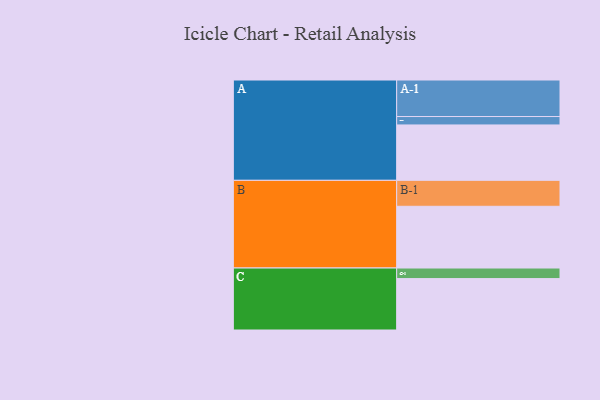
{"axis": {"x": "Segment", "y": "Value"}, "legend": ["", "A", "B", "C"], "data": [{"x": "A", "y": 429, "type": ""}, {"x": "B", "y": 478, "type": ""}, {"x": "C", "y": 398, "type": ""}, {"x": "A-1", "y": 283, "type": "A"}, {"x": "A-2", "y": 65, "type": "A"}, {"x": "B-1", "y": 201, "type": "B"}, {"x": "C-1", "y": 82, "type": "C"}]}